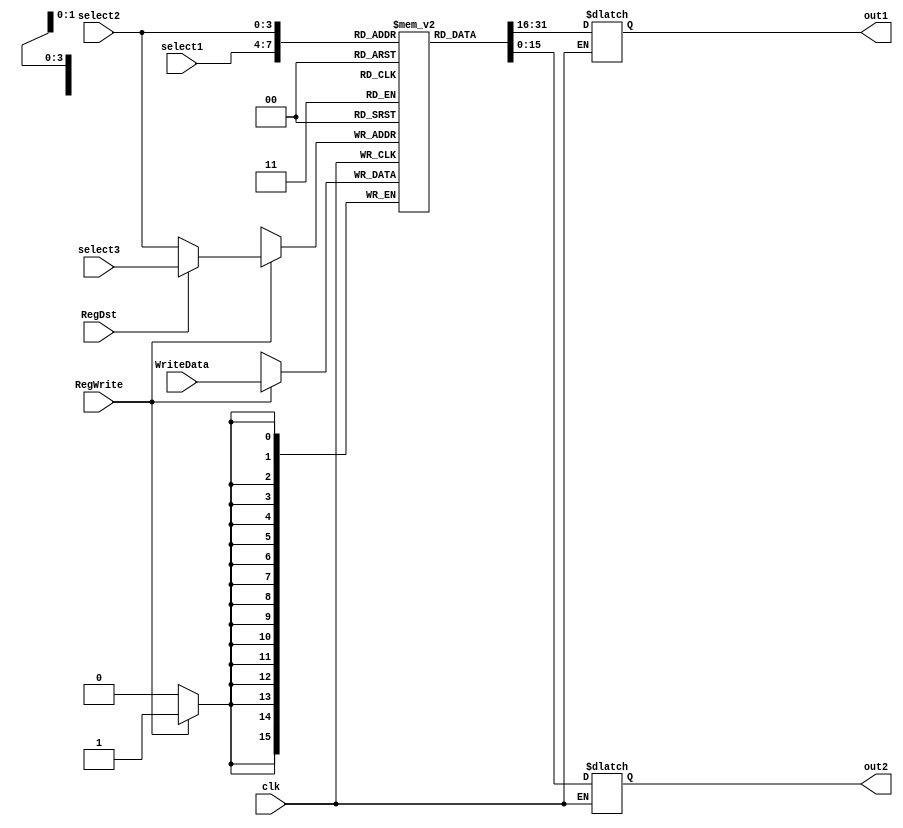
`timescale 1ns / 1ps
//////////////////////////////////////////////////////////////////////////////////
// Company: 
// Engineer: 
// 
// Design Name: 
// Module Name:    RegisterFile 
// Project Name: 
// Target Devices: 
// Tool versions: 
// Description: 
//
// Dependencies: 
//
// Revision: 
// Revision 0.01 - File Created
// Additional Comments: 
//
//////////////////////////////////////////////////////////////////////////////////
module RegisterFile(
	input clk,
    input [3:0] select1,//rs
    input [3:0] select2,//rt
    input [3:0] select3,//rd
    input RegDst,
    input RegWrite,
    input [15:0] WriteData,
    output reg [15:0] out1,
    output reg [15:0] out2
    );

    reg [15:0] Registers [0:15];
    reg [3:0] index;
    integer i;
	 
	 initial begin
		  for(i=0;i<16;i = i+1)
            Registers[i] = 0;
	 end

    always @(select1, select2, select3, RegDst, RegWrite, WriteData) begin
	     if(clk) begin
			  out1 = Registers[select1];
			  out2 = Registers[select2];
			  for(i=0;i<16;i = i+1)
					$display("Register %d: %b", i, Registers[i]);
			  //$display("selectReg: select1:%d    select2:%d", select1, select2);
		     //$display("outputReg: out1:%b    out2:%b", out1, out2);
	     end
    end
	 always @(negedge clk) begin
		  $display("negedge");
		  if(RegDst == 0)
            index = select2;
        else
            index = select3;
	     if(RegWrite == 1)
            Registers[index] = WriteData;
		  $display("RegWriteIndex:%d", index);
	 end


endmodule